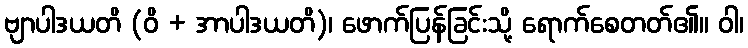
ဗျာပါဒယတိ (ဝိ + အာပါဒယတိ)၊ ဖောက်ပြန်ခြင်းသို့ ရောက်စေတတ်၏။ ဝါ၊